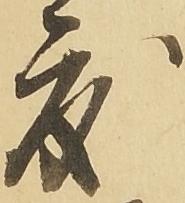
度